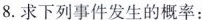
8.求下列事件发生的概率：